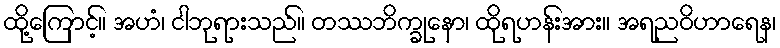
ထို့ကြောင့်။ အဟံ၊ ငါဘုရားသည်။ တဿဘိက္ခုနော၊ ထိုရဟန်းအား။ အရညဝိဟာရေန၊